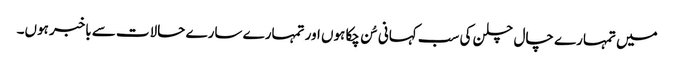
میں تمہارے چال چلن کی سب کہانی سُن چکا ہوں اور تمہارے سارے حالات سے باخبر ہوں۔